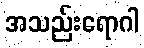
အသည်းရောဂါ